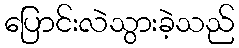
ပြောင်းလဲသွားခဲ့သည်